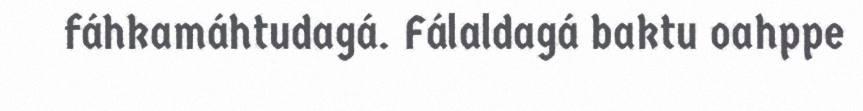
fáhkamáhtudagá. Fálaldagá baktu oahppe